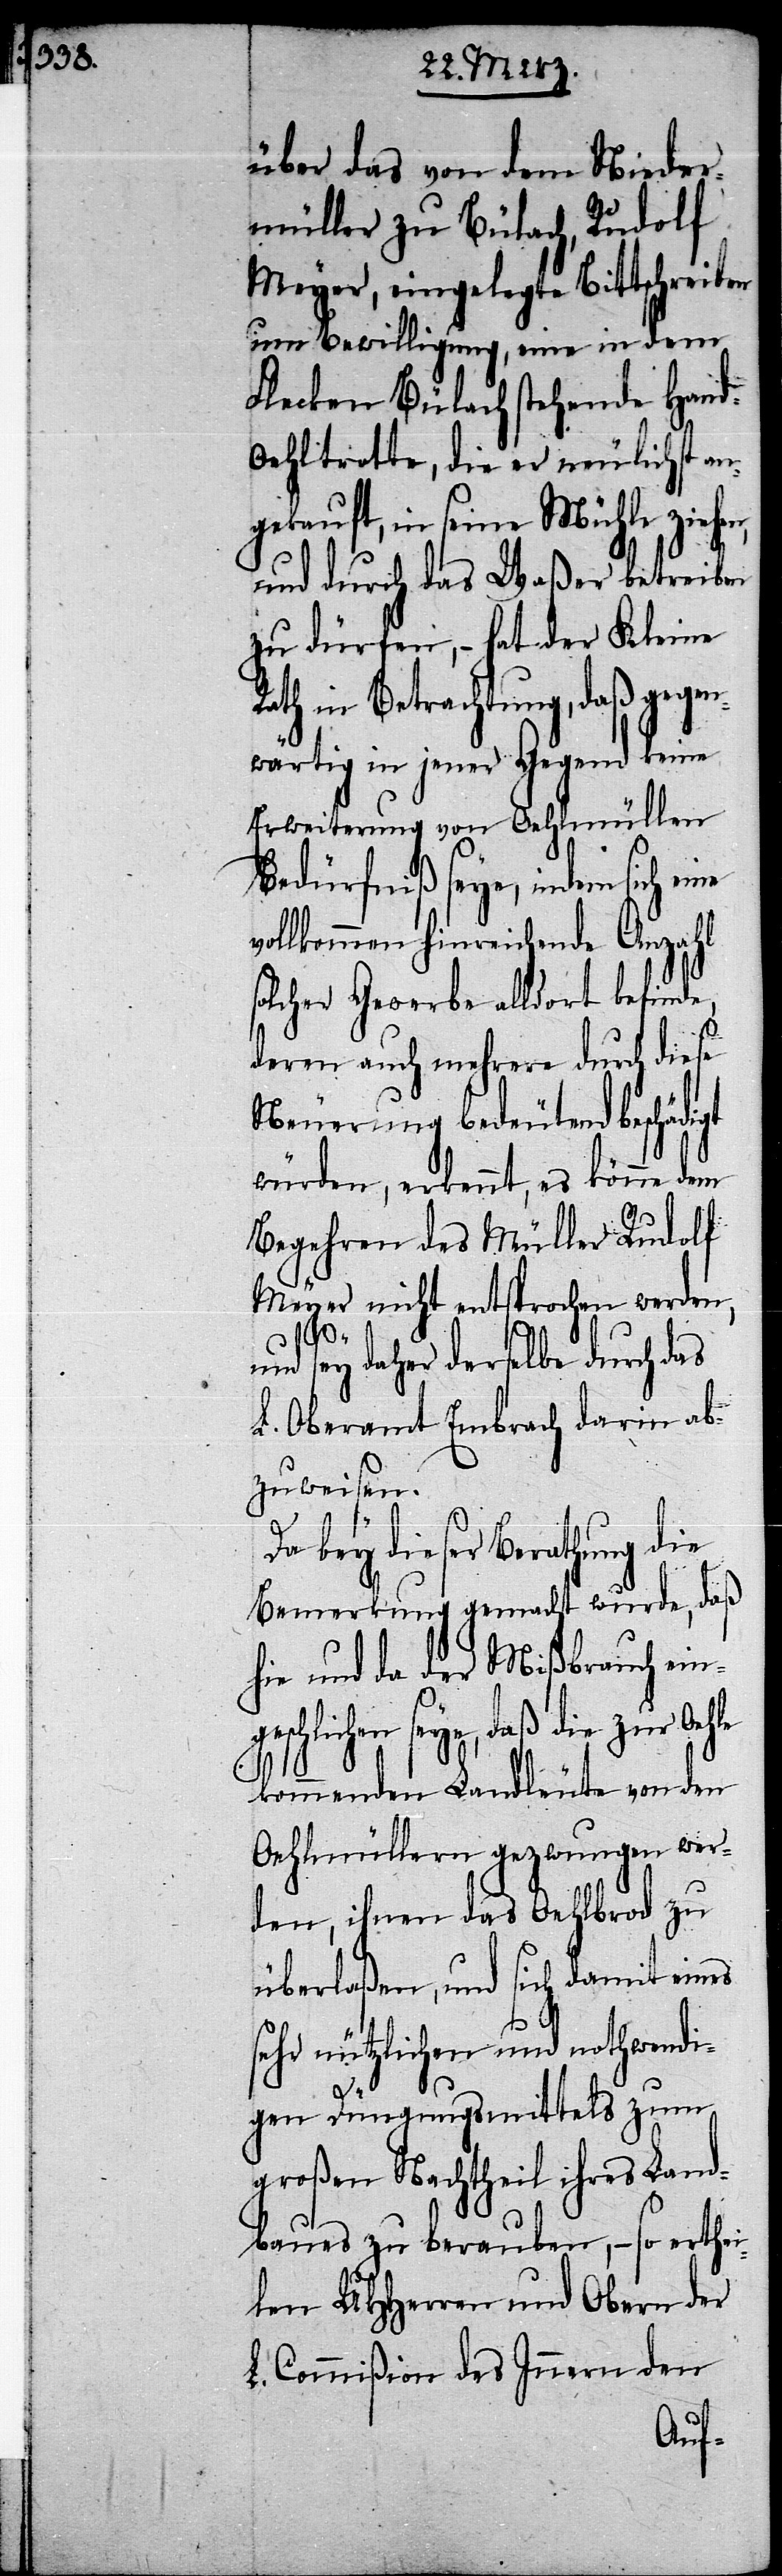
über das von dem Nieder¬
müller zu Bülach, Rudolf
Meyer, eingelegte Bittschreiben
um Bewilligung, eine in dem
Flecken Bülach stehende Han¬
ehltrotte, die er neulichst an¬
gekauft, in seine Mühle zieh¬
und durch das Waßer betreiben
zu dürfen, – hat der Kleine
Rath in Betrachtung, daß gegen¬
wärtig in jener Gegend keine
Erweiterung von Oehlmüllen
Bedürfniß seye, indem sich
vollkommen hinreichende Anzahl
solcher Gewerbe alldort befinde,
deren auch mehrere durch diese
Neuerung bedeutend beschäd¬
würden, erkennt, es könne dem
Begehren des Müller Rudolf
Meyer nicht entsprochen werden,
geschl¬
und sey daher derselbe durch das
L. Oberamt Embrach darin ab¬
zuweisen.
Da bey dieser Berathung die
Bemerkung gemacht wurde, daß
hie und da der Mißbrauch ein¬
ichen seye, daß die zur
kommenden Landleute von den
Oehlmüllern gezwungen wer¬
den, ihnen das Oehlbrod zu
überlaßen, und sich damit eines
sehr nützlichen und nothwendi¬
igt
gen Düngungsmittels zum
großen Nachtheil ihres Land¬
baues zu berauben, – so erthe¬
ilen UHHerren und Obern der
L. Commißion des Innern den